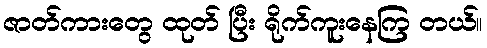
ဇာတ်ကားတွေ ထုတ် ပြီး ရိုက်ကူးနေကြ တယ်။